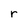
Character: r